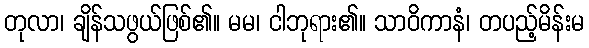
တုလာ၊ ချိန်သဖွယ်ဖြစ်၏။ မမ၊ ငါဘုရား၏။ သာဝိကာနံ၊ တပည့်မိန်းမ